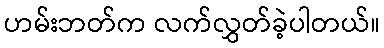
ဟမ်းဘတ်က လက်လွှတ်ခဲ့ပါတယ်။